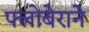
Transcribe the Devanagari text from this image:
फ्लोबेराने